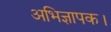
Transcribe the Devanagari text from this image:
अभिज्ञापक।